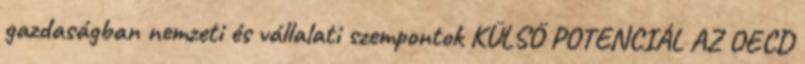
gazdaságban nemzeti és vállalati szempontok KÜLSŐ POTENCIÁL AZ OECD